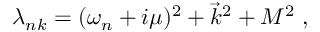
\lambda _ { n k } = ( \omega _ { n } + i \mu ) ^ { 2 } + \vec { k } ^ { 2 } + M ^ { 2 } \; ,